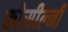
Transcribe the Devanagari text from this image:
कोसील्नी